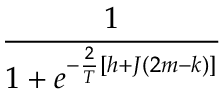
\frac { 1 } { 1 + e ^ { - \frac { 2 } { T } [ h + J ( 2 m - k ) ] } }